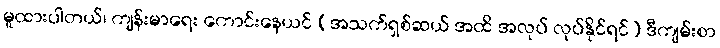
မူထားပါတယ်၊ ကျန်းမာရေး ကောင်းနေယင် (အသက်ရှစ်ဆယ် အထိ အလုပ် လုပ်နိုင်ရင်) ဒီကျမ်းစာ